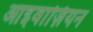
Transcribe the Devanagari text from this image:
आइवाज़ियन